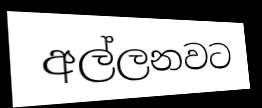
අල්ලනවට